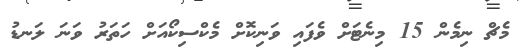
މެޗް ނިމެން 15 މިނެޓަށް ވެފައި ވަނިކޮށް މެކްސިކޯއަށް ހަތަރު ވަނަ ލަނޑު